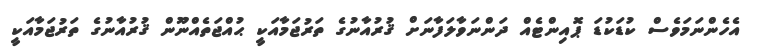
އެހެންނަމަވެސް ކުޑަކުޑަ ޕޮއިންޓެއް ދަންނަވާލަފާނަށް ޤުރުއާނުގެ ތަރުޖަމާއަކީ ޙުއްޖަތެއްނޫން ޤުރުއާނުގެ ތަރުޖަމާއަކީ